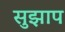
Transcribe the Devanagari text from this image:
सुझाप